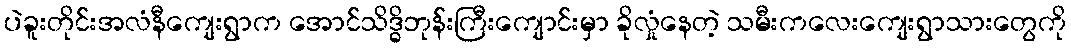
ပဲခူးတိုင်းအလံနီကျေးရွာက အောင်သိဒ္ဓိဘုန်းကြီးကျောင်းမှာ ခိုလှုံနေတဲ့ သမီးကလေးကျေးရွာသားတွေကို